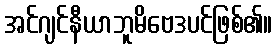
အင်ဂျင်နီယာဘူမိဗေဒပင်ဖြစ်၏။